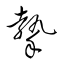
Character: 摯